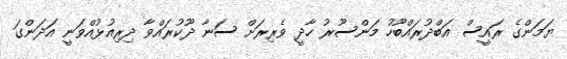
ޔަމަންގެ ރައީސް އަބްދުރައްބޫހު މަންސޫރު ހާދީ ވެރިރަށް ސަނާ ދޫކުރައްވާ ދިރިއުޅުއްވަނީ އަދަންގަ